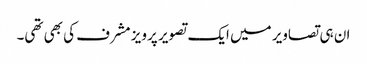
ان ہی تصاویر میں ایک تصویر پرویز مشرف کی بھی تھی۔